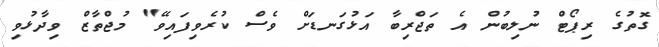
ގޮތުގެ ރިޕޯޓް ނުލިބުން އެ ތަޖްރިބާ އަޅުގަނޑަށް ވެސް ކުރެވިފައިވޭ" މުޖްތާޒް ވިދާޅުވި